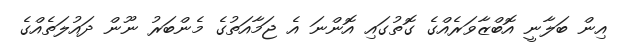
އިން ބަލާނީ އޮބްޒާވަރެއްގެ ގޮތުގައި އޮންނަ އެ ޖަމާއަތުގެ މެންބަރު ނޫން ދައުލަތެއްގެ